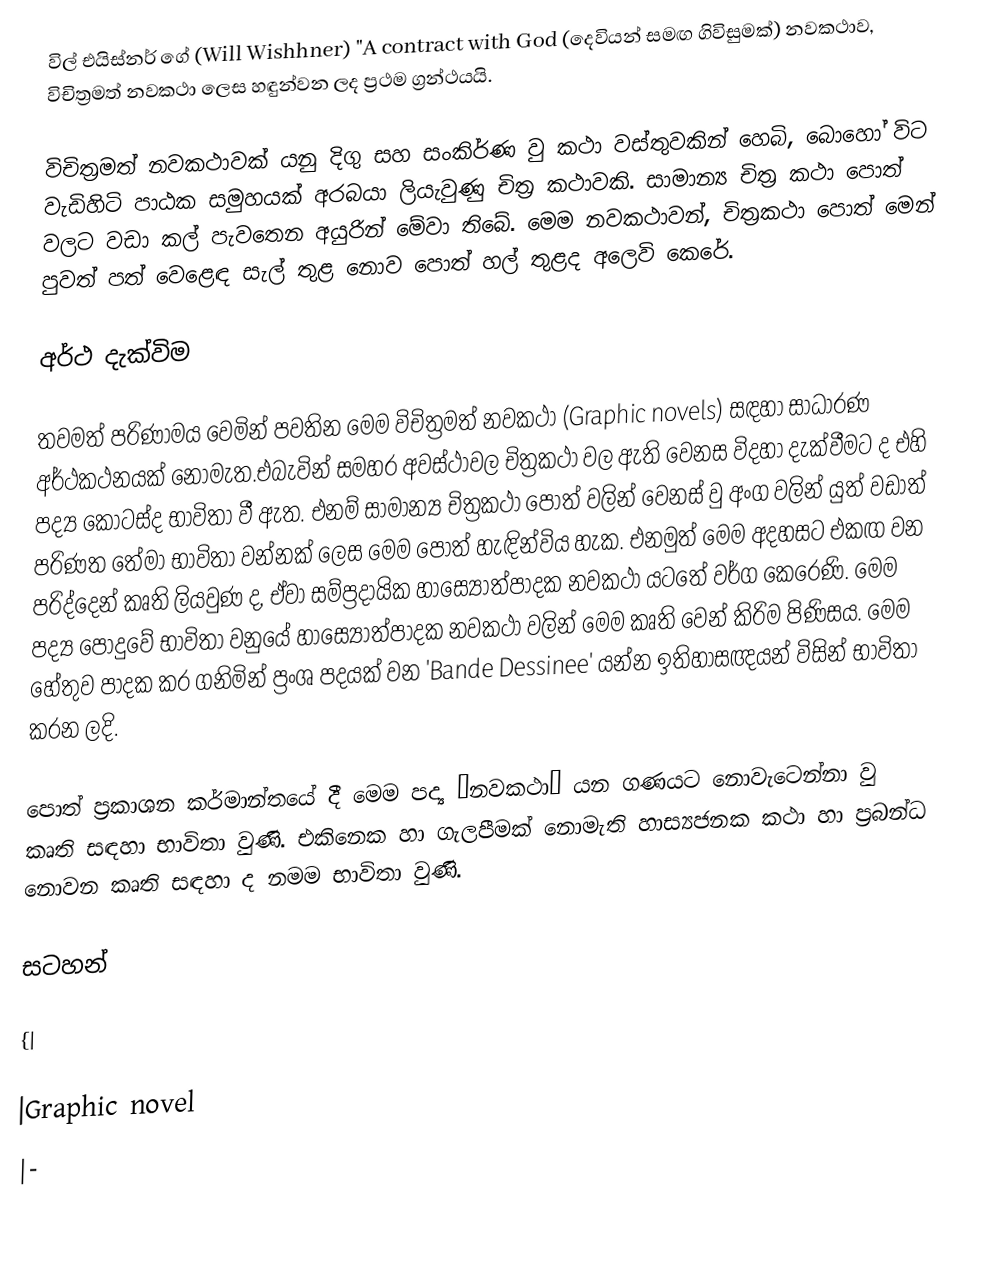
විල් එයිස්නර් ගේ (Will Wishhner) "A contract with God (දෙවියන් සමඟ ගිවිසුමක්) නවකථාව, විචිත්‍රමත් නවකථා ලෙස හඳුන්වන ලද ප්‍රථම ග්‍රන්ථයයි.

විචිත්‍රමත් නවකථාවක් යනු දිගු සහ සංකිර්ණ වු කථා වස්තුවකින් හෙබි, බො‍හෝ විට වැඩිහිටි පාඨක සමුහයක් අරබයා ලියැවුණු චිත්‍ර කථාවකි. සාමාන්‍ය චිත්‍ර කථා පොත් වලට වඩා කල් පැවතෙන අයුරින් මේවා තිබේ. මෙම නවකථාවන්, චිත්‍රකථා පොත් මෙන් පුවත් පත් වෙළෙඳ සැල් තුළ නොව පොත් හල් තුළද අලෙවි කෙරේ.

අර්ථ දැක්විම

තවමත් පරිණාමය වෙමින් පවතින මෙම විචිත්‍රමත් නවකථා (Graphic novels) සඳහා සාධාරණ අර්ථකථනයක් නොමැත.එබැවින් සමහර අවස්ථාවල චිත්‍රකථා වල ඇති වෙනස විදහා දැක්වීමට ද එහි පද්‍ය කොටස්ද භාවිතා වී ඇත. එනම් සාමාන්‍ය චිත්‍රකථා පොත් වලින් වෙනස් වු අංග වලින් යුත් වඩාත් ‍පරිණත ‍තේමා භාවිතා වන්නක් ලෙස මෙම පොත් හැඳින්විය හැක. එනමුත් මෙම අදහසට එකඟ වන පරිද්දෙන් කෘති ලියවුණ ද, ඒවා සම්ප්‍රදායික හාස්‍යෝත්පාදක නවකථා යටතේ වර්ග කෙරෙණි. මෙම පද්‍ය පොදුවේ භාවිතා වනුයේ හාස්‍යෝත්පාදක නවකථා වලින් මෙම කෘති වෙන් කිරිම පිණිසය. මෙම හේතුව පාදක කර ගනිමින් ප්‍රංශ පදයක් ‍වන 'Bande Dessinee' යන්න ඉතිහාසඥයන් විසින් භාවිතා කරන ලදි.

පොත් ප්‍රකාශන කර්මාන්තයේ දී මෙම පද්‍ය “නවකථා” යන ගණයට නොවැටෙන්නා වු කෘති සඳහා භාවිතා වුණි. එකිනෙක හා ගැලපීමක් නොමැති හාස්‍යජනක කථා හා ප්‍රබන්ධ නොවන කෘති සඳහා ද නමම භාවිතා වුණි.

සටහන්

{|

|Graphic novel
|-